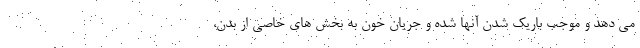
می دهد و موجب باریک شدن آنها شده و جریان خون به بخش های خاصی از بدن،